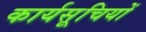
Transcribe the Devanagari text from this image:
कार्यसूचियों